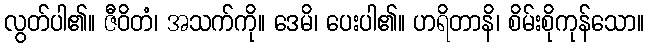
လွတ်ပါ၏။ ဇီဝိတံ၊ အသက်ကို။ ဒေမိ၊ ပေးပါ၏။ ဟရိတာနိ၊ စိမ်းစိုကုန်သော။